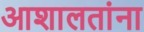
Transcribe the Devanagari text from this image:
आशालतांना